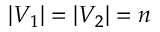
| V _ { 1 } | = | V _ { 2 } | = n